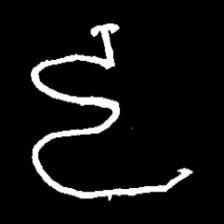
Pyu character \u2014 Myanmar letter: ဠ (romanized: lla)